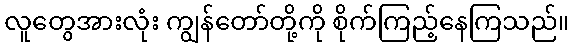
လူတွေအားလုံး ကျွန်တော်တို့ကို စိုက်ကြည့်နေကြသည်။